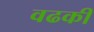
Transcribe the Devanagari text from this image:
वढकी